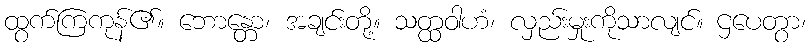
ထွက်ကြကုန်၏။ ဘောန္တော၊ အချင်းတို့။ သတ္ထဝါဟံ၊ လှည်းမှုးကိုသာလျင်။ ဌပေတွာ၊